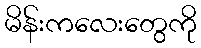
မိန်းကလေးတွေကို